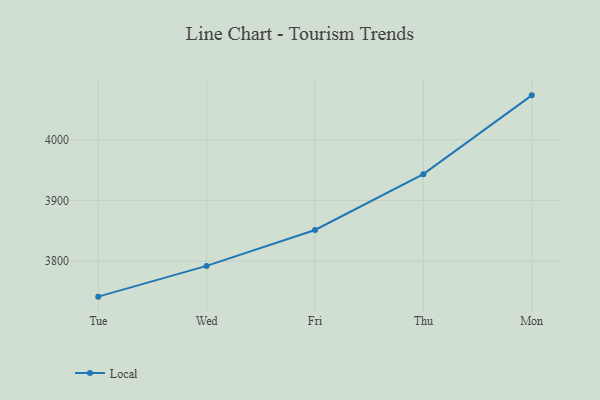
{"axis": {"x": "Day", "y": "Shipments"}, "legend": ["Local"], "data": [{"x": "Tue", "y": 3741.5, "type": "Local"}, {"x": "Wed", "y": 3792.2, "type": "Local"}, {"x": "Fri", "y": 3851.4, "type": "Local"}, {"x": "Thu", "y": 3943.4, "type": "Local"}, {"x": "Mon", "y": 4073.3, "type": "Local"}]}